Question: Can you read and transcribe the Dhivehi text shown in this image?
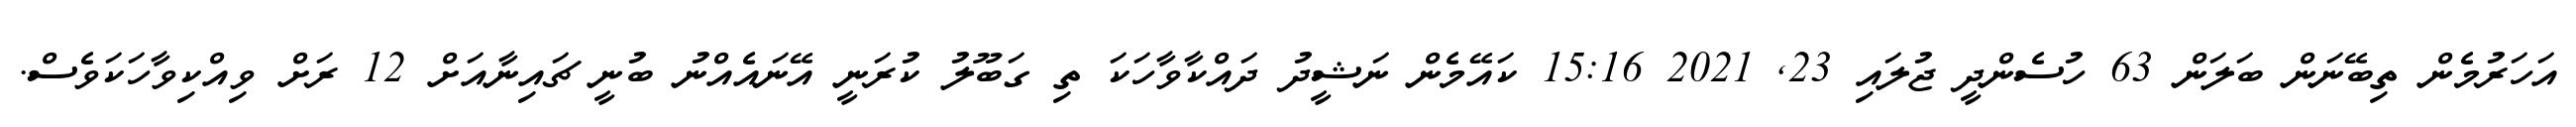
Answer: އަހަރުމެން ތިބޭނަން ބަލަން 63 ހުސެންދީ ޖުލައި 23, 2021 15:16 ކައޭމެން ނަޝީދު ދައްކާވާހަކަ ތި ގަބޫލު ކުރަނީ އޭނައެއްނު ބުނީ ޗައިނާއަށް 12 ރަށް ވިއްކިވާހަކަވެސް.